[Report on the health of British troops in the Madras command]
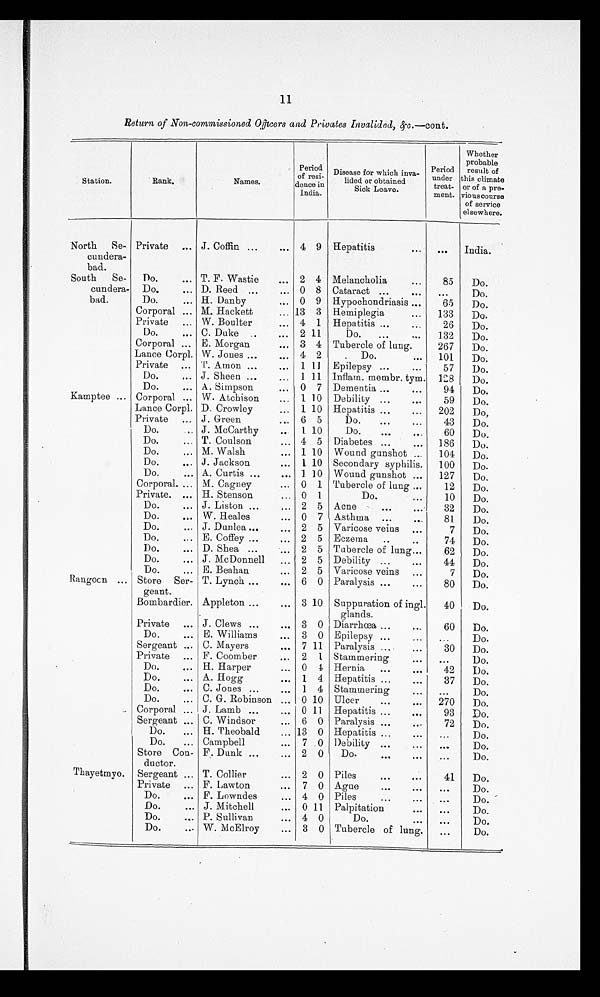
11
Return of Non-commissioned Officers and Privates Invalided, &c. —cont.
Station.
Rank.
Names.
Period
of resi-
dence in
India.
Disease for which inva-
lided or obtained
Sick Leave.
Period
under
treat-
ment.
Whether
probable
result of
this climate
or of a pre-
vious course
of service
elsewhere.
North
Se-
cundera-
bad.
Private
... J. Coffin ...
. . . 4 9 Hepatitis
...
...
India.
South
Se-
cundera-
bad.
Do.
... T. F. Wastie
. . . 2 4 Melancholia
. . .
85
Do.
Do.
... D. Reed . . .
. . . 0 8 Cataract ...
. . .
. . .
Do.
Do.
... H. Danby
... 0 9
Hypochondriasis ...
65
Do.
Corporal ... M. Hackett
... 13 3 Hemiplegia
...
133
Do.
Private
... W. Boulter
... 4 1
Hepatitis ...
...
26
Do.
Do.
... C. Duke
..
...
2 11
Do.
...
. . .
132
Do.
Corporal ... E. Morgan
. . . 3 4 Tubercle of lung.
267
Do.
Lance Corpl. W. Jones ...
. . . 4 2
Do.
...
101
Do.
Private
... T. Amon ...
...
1 11
Epilepsy ...
. . .
57
Do.
Do.
... J. Sheen
. . .
...
1 11 Inflam. membr. tym.
128
Do.
Do.
... A. Simpson
...
0 7 Dementia
. . .
. . .
94
Do.
Kamptee ... Corporal ... W. Atchison
...
1 10 Debility
. . .
...
59
Do.
Lance Corpl. D. Crowley
...
1 10 Hepatitis ...
...
202
Do,
Private
... J. Green
. . . 6 5
Do.
...
...
43
Do.
Do.
... J. McCarthy
..
1 10
Do.
. . .
. . .
60
Do.
Do.
... T. Coulson
... 4 5 Diabetes ...
...
186
Do.
Do.
... M. Walsh
... 1 10
Wound gunshot ...
104
Do.
Do.
... J. Jackson
...
1 10 Secondary syphilis.
100
Do.
Do.
... A. Curtis ...
... 1 10 Wound gunshot ...
127
Do.
Corporal. ... M. Cagney
...
0 1 Tubercle of lung ...
12
Do.
Private.
... H. Stenson
... 0 1
Do.
...
10
Do.
Do.
... J. Liston ...
. . . 2 5 Acne
. . .
...
32
Do.
Do.
. . . W. Heales
... 0 7 Asthma
...
...
81
Do.
Do.
... J. Dunlea ...
. . . 2 5 Varicose veins
...
7
Do.
Do.
... E. Coffey ...
. . . 2 5 Eczema
..
..
74
Do.
Do.
... D. Shea ...
. . . 2 5 Tubercle of lung ...
62
Do.
Do.
... J. McDonnell
...
2 5 Debility ...
...
44
Do.
Do.
. . . E.Beahan
...
2 5 Varicose veins
...
7
Do.
Rangoon ... Store
Ser-
geant.
T. Lynch ...
... 6 0 Paralysis ...
...
80
Do.
Bombardier. Appleton ...
. . . 3 10 Suppuration of ingl.
glands.
40
Do.
Private
... J. Clews ...
... 3 0 Diarrhœa ...
. . .
60
Do.
Do.
... E. Williams
...
3 0 Epilepsy ...
...
...
Do.
Sergeant ... C. Mayers
...
7 11 Paralysis ...
...
30
Do.
Private
... F. Coomber
...
2
1 Stammering
...
. . .
D o .
Do.
... H. Harper
...
0
4 Hernia
...
. . .
42
Do.
Do.
... A. Hogg
...
1 4 Hepatitis ...
. . .
37
Do.
Do.
... C. Jones ...
...
1 4 Stammering
. . .
. . .
Do.
Do.
... C. G. Robinson ... 0 10 Ulcer
. . .
...
270
Do.
Corporal ... J. Lamb ...
. . . 0 11
Hepatitis ...
...
93
Do.
Sergeant ... C. Windsor
...
6 0 Paralysis
. . .
. . .
72
Do.
Do.
... H. Theobald
... 13 0 Hepatitis ...
. . .
...
Do.
Do.
... Campbell
...
7 0 Debility ...
. . .
. . .
Do.
Store Con-
ductor.
F. Dunk ...
... 2 0
Do.
. . .
. . .
. . .
Do.
Thayetmyo.
Sergeant ... T. Collier
...
2 0 Piles
...
. . .
41
Do,
Private
... F. Lawton
...
7 0 Ague
. . .
. . .
. . .
Do.
Do.
... F. Lowndes
... 4 0 Piles
...
. . .
...
Do.
Do.
... J. Mitchell
...
0 11
Palpitation
. . .
...
Do.
Do.
. . . P. Sullivan
... 4 0
Do.
. . .
. . .
Do.
Do.
... W. McElroy
...
3 0 Tubercle of lung.
...
Do.